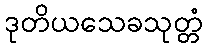
ဒုတိယသေခသုတ္တံ